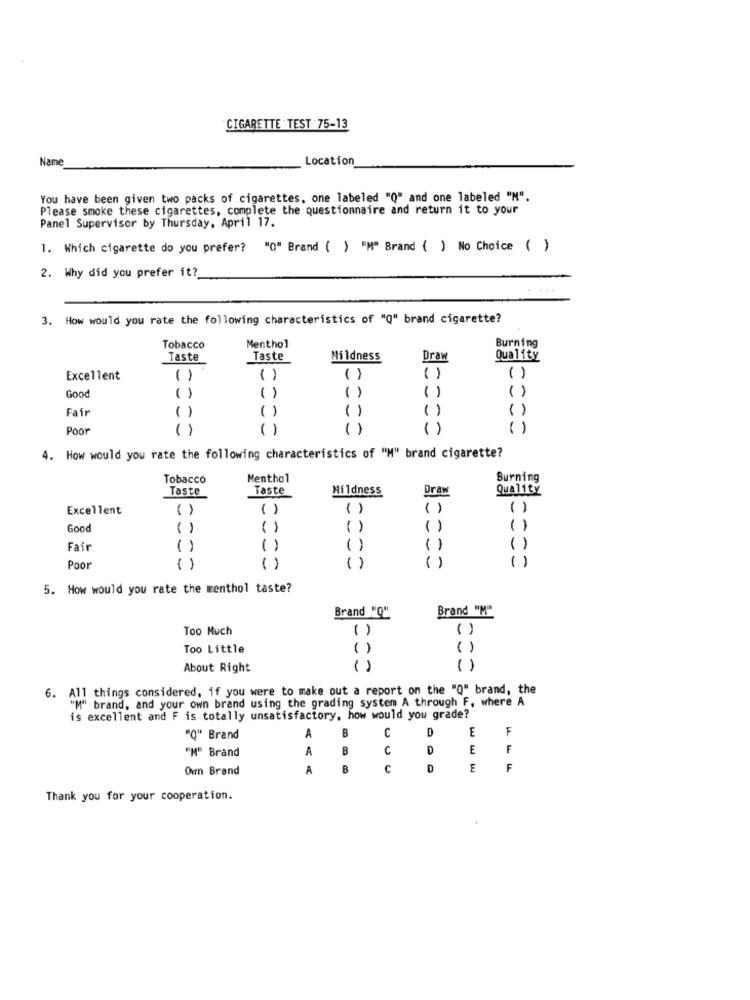
CIGARETTE TEST 75-13
Name
Location
You have been given two packs of cigarettes, one labeled "Q" and one labeled "M".
Please smoke these cigarettes, complete the questionnaire and return it to your
Panel Supervisor by Thursday, April 17.
1. Which cigarette do you prefer? "Q" Brand ( ) "M" Brand { ) No Choice ( )
2. Why did you prefer it?
3. How would you rate the following characteristics of "Q" brand cigarette?
Menthol
Tobacco
Burning
Taste
Taste
Mildness
Draw
Quality
Excellent
( )
()
-
( )
( )
( )
Good
( )
( )
Fair
( )
( )
Poor
()
()
( )
4. How would you rate the following characteristics of "M" brand cigarette?
Tobacco
Menthol
Burning
Taste
Hildness
Draw
Quality
Taste
Excellent
( )
()
()
()
()
Good
( )
( )
()
()
()
()
Fair
()
( )
( )
()
()
Poor
( )
5. How would you rate the menthol taste?
Brand "Q"
Brand "M"
Too Much
Too Little
( )
( )
About Right
()
( )
6. All things considered. if you were to make out a report on the "Q" brand, the
"M" brand, and your own brand using the grading system A through F, where A
is excellent and F is totally unsatisfactory, how would you grade?
B
C
D
E
F
"Q" Brand
A
"M" Brand
A
B
C
D
E
F
Own Brand
A
B
c
D
E
F
Thank you for your cooperation.